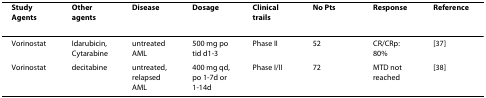
<table><thead><tr><td><b>Study Agents</b></td><td><b>Other agents</b></td><td><b>Disease</b></td><td><b>Dosage</b></td><td><b>Clinical trails</b></td><td><b>No Pts</b></td><td><b>Response</b></td><td><b>Reference</b></td></tr></thead><tbody><tr><td>Vorinostat</td><td>Idarubicin, Cytarabine</td><td>untreated AML</td><td>500 mg po tid d1-3</td><td>Phase II</td><td>52</td><td>CR/CRp: 80%</td><td>[37]</td></tr><tr><td>Vorinostat</td><td>decitabine</td><td>untreated, relapsed AML</td><td>400 mg qd, po 1-7d or 1-14d</td><td>Phase I/II</td><td>72</td><td>MTD not reached</td><td>[38]</td></tr></tbody></table>